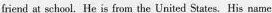
friend at school. He is from the United States. His name